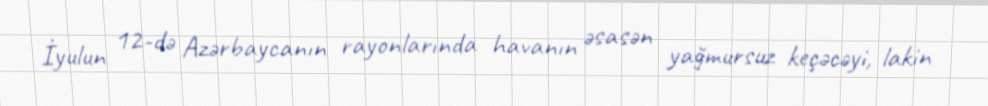
İyulun 12-də Azərbaycanın rayonlarında havanın əsasən yağmursuz keçəcəyi, lakin